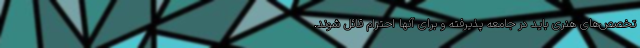
تخصص‌های هنری باید در جامعه پذیرفته و برای آنها احترام قائل شوند.